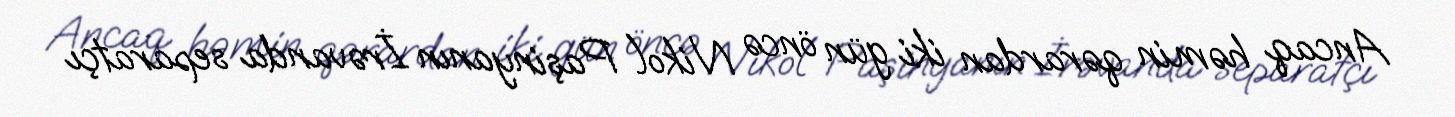
Ancaq həmin qərardan iki gün öncə Nikol Paşinyanın İrəvanda separatçı